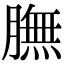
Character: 膴